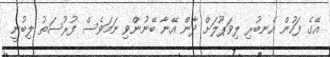
އޭގެ ފަހުން އެނބުރި ލިވަޕޫލަށް ދާން އޭނާ ބޭނުންވި ނަމަވެސް ފުރުސަތު ލިބުނީ